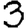
Digit: 3